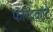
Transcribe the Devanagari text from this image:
फरिदकोट